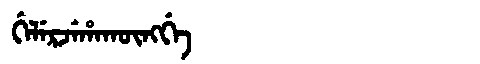
Manchu: ᡤᡝᠯᡝᡵᠵᡝᡥᠠᡴᡡᠩᡤᡝ
Romanization: GELERJEHAKŪNGGE